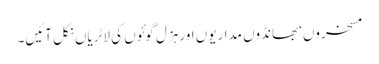
مسخروں‘ بھانڈوں مداریوں اور ہزل گوئوں کی لاٹریاں نکل آئیں۔